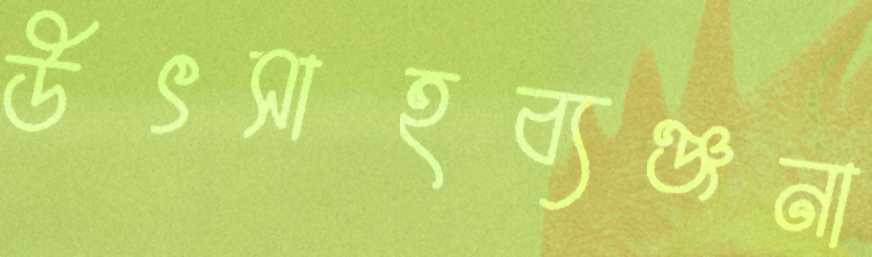
উৎসাহব্যঞ্জনা